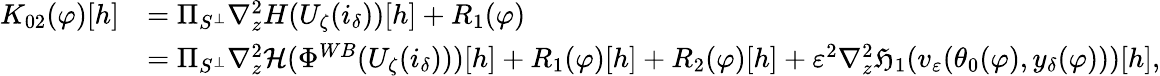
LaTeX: \begin{array}{rl}{K_{02}(\varphi)[h]}&{=\Pi_{S^{\perp}}\nabla_{z}^{2}H(U_{\zeta}(i_{\delta}))[h]+R_{1}(\varphi)}\\ &{=\Pi_{S^{\perp}}\nabla_{z}^{2}\mathcal{H}(\Phi^{WB}(U_{\zeta}(i_{\delta})))[h]+R_{1}(\varphi)[h]+R_{2}(\varphi)[h]+\varepsilon^{2}\nabla_{z}^{2}\mathfrak{H}_{1}(v_{\varepsilon}(\theta_{0}(\varphi),y_{\delta}(\varphi)))[h],}\end{array}